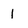
Character: 1